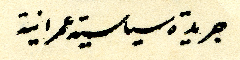
جريدة سياسية عمرانية